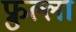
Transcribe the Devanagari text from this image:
फ्रुल्ला